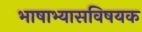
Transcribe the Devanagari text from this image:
भाषाभ्यासविषयक